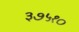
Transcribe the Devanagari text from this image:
३७५१०